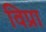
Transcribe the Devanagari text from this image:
विप्रा